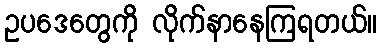
ဥပဒေတွေကို လိုက်နာနေကြရတယ်။